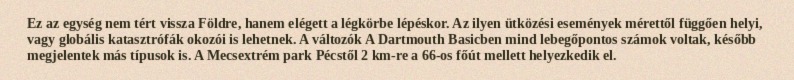
Ez az egység nem tért vissza Földre, hanem elégett a légkörbe lépéskor. Az ilyen ütközési események mérettől függően helyi, vagy globális katasztrófák okozói is lehetnek. A változók A Dartmouth Basicben mind lebegőpontos számok voltak, később megjelentek más típusok is. A Mecsextrém park Pécstől 2 km-re a 66-os főút mellett helyezkedik el.